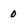
Character: 0